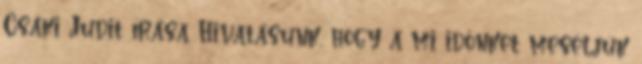
Csáki Judit írása Hivatásunk, hogy a mi időnket meséljük